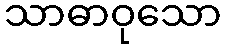
သာဓာဝုသော